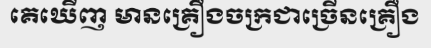
គេឃើញ មានគ្រឿងចក្រជាច្រើនគ្រឿង